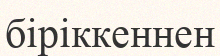
біріккеннен